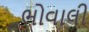
ભોવાલી